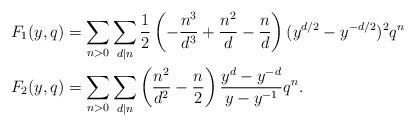
LaTeX: \begin{align*}F_1(y,q)&=\sum_{n>0}\sum_{d|n}\frac{1}{2}\left(-\frac{n^3}{d^3}+\frac{n^2}{d}-\frac{n}{d}\right)(y^{d/2}-y^{-d/2})^2 q^n\\F_2(y,q)&=\sum_{n>0}\sum_{d|n}\left(\frac{n^2}{d^2}-\frac{n}{2}\right)\frac{y^{d}-y^{-d}}{y-y^{-1}}q^n.\end{align*}